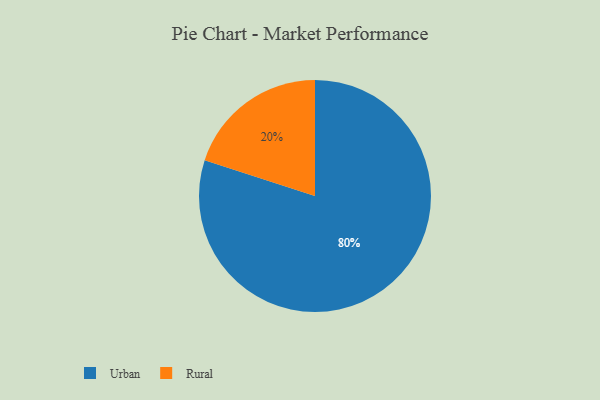
{"axis": {"x": "Category", "y": "Percentage"}, "legend": ["Rural", "Urban"], "data": [{"x": "Rural", "y": 20, "type": "Rural"}, {"x": "Urban", "y": 80, "type": "Urban"}]}